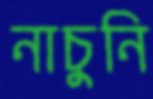
নাচুনি